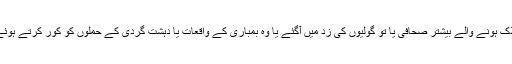
’’پاکستان میں ہلاک ہونے والے بیشتر صحافی یا تو گولیوں کی زد میں آگئے یا وہ بمباری کے واقعات یا دہشت گردی کے حملوں کو کور کرتے ہوئے ہلاک ہوگئے ۔